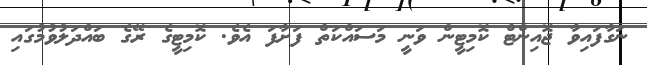
ނަގާފައިވާ ޖޮއިންޓް ކޮމިޓީން ވަނީ މަސައްކަތް ފަށާފަ އެވެ. ކޮމިޓީގެ ރޭގެ ބައްދަލުވުމުގައި